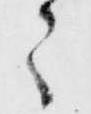
々